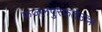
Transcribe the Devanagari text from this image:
फजलपुरफतेउल्ला